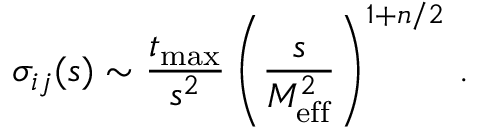
\sigma _ { i j } ( s ) \sim \frac { t _ { \mathrm { m a x } } } { s ^ { 2 } } \left( \frac { s } { M _ { \mathrm { e f f } } ^ { 2 } } \right) ^ { 1 + n / 2 } \, .